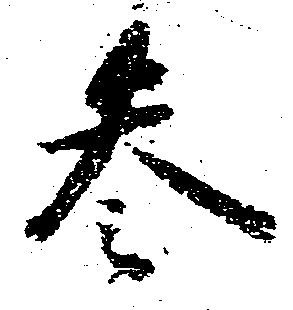
参